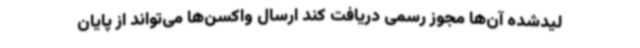
لیدشده آن‌ها مجوز رسمی دریافت کند ارسال واکسن‌ها می‌تواند از پایان